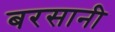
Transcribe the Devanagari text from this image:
बरसानी